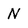
Character: N